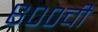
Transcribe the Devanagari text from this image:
६००ची